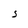
Character: S